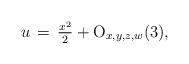
LaTeX: \begin{align*}u\,=\,\tfrac{x^2}{2}+{\rm O}_{x,y,z,w}(3),\end{align*}